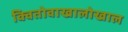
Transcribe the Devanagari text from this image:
क्वितोवाखालोखाल